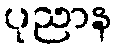
ပုညာန